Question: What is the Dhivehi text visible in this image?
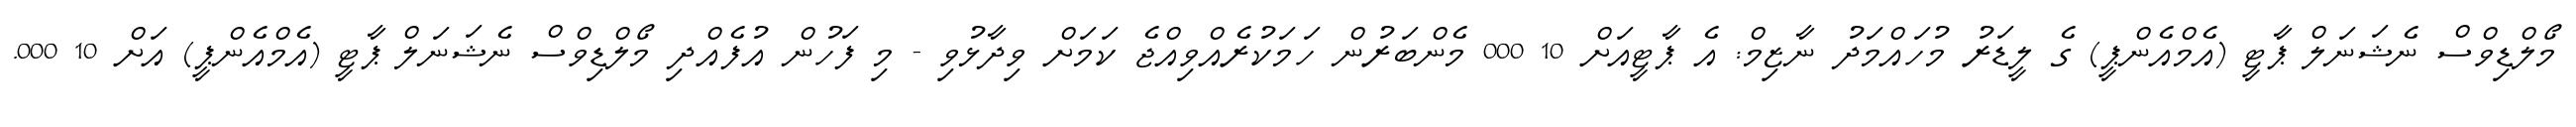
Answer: މޯލްޑިވްސް ނެޝަނަލް ޕާޓީ (އެމްއެންޕީ) ގެ ލީޑަރު މުހައްމަދު ނާޒިމް: އެ ޕާޓީއަށް 10 000 މެންބަރުން ހަމަކުރެއްވިއްޖެ ކަމަށް ވިދާޅުވި - މި ފަހުން އުފެއްދި މޯލްޑިވްސް ނެޝަނަލް ޕާޓީ (އެމްއެންޕީ) އަށް 10 000.